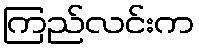
ကြည်လင်းက